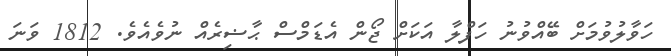
ހަވާލުވުމަށް ބޭއްވުނު ހަފްލާ އަކަށް ޖޯން އެޑަމްސް ޙާޟިރެއް ނުވެއެވެ. 1812 ވަނަ